Vaccination in Bombay 1924-1928 - 1924-1928
Year: 1924
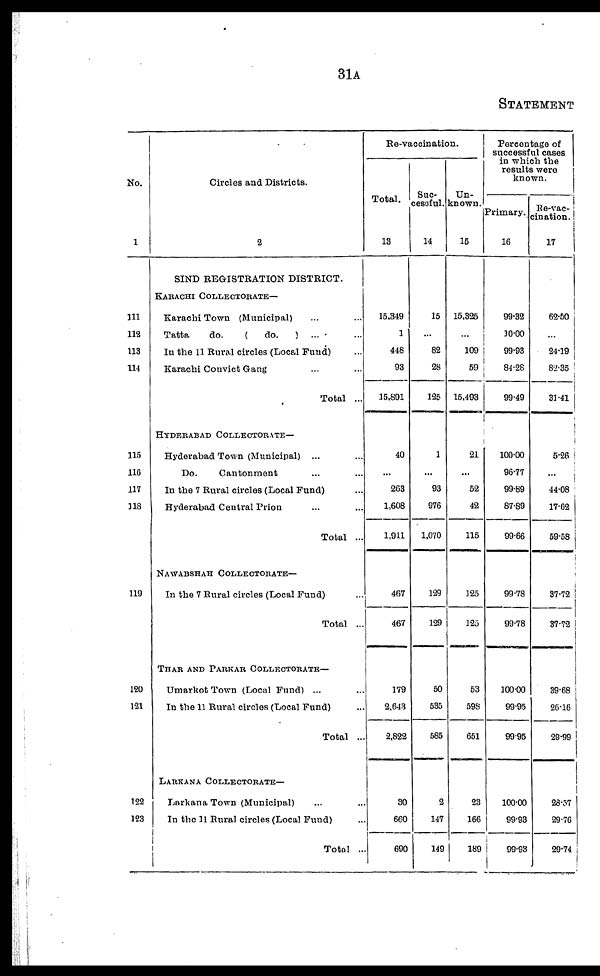
31A
STATEMENT
No.
1
111
112
113
114
115
116
117
118
119
120
121
122
123
Circles and Districts.
2
SIND REGISTRATION DISTRICT.
KARACHI COLLECTORATE—
Karachi Town (Municipal) ... ...
Tatta
do.
(
do.
) ... ...
In the 11 Rural circles (Local Fund) ...
Karachi Convict Gang ... ...
Total ...
HYDERABAD COLLECTORATE—
Hyderabad Town (Municipal) ... ...
Do.
Cantonment ... ...
In the 7 Rural circles (Local Fund) ...
Hyderabad Central Prion ... ...
Total ...
NAWABSHAH COLLECTORATE—
In the 7 Rural circles (Local Fund) ...
Total ...
THAR AND PARKAR COLLECTORATE—
Umarkot Town (Local Fund) ... ...
In the 11 Rural circles (Local Fund) ...
Total ...
LARKANA COLLECTORATE—
Larkana Town (Municipal) ... ...
In the 11 Rural circles (Local Fund) ...
Total ...
Re-vaccination.
Total.
13
15,349
1
448
93
15,891
40
...
263
1,608
1,911
467
467
179
2,643
2,822
30
660
690
Suc¬
cessful.
14
15
...
82
28
125
1
...
93
976
1,070
129
129
50
535
585
2
147
149
Un-
known.
15
15,325
...
109
59
15,493
21
...
52
42
115
125
125
53
598
651
23
166
189
Percentage of
successful cases
in which the
results were
known.
Primary.
16
99.32
10.00
99.93
84.28
99.49
100.00
96.77
99.89
87.89
99.66
99.78
99.78
100.00
99.95
99.95
100.00
99.93
99.93
Re-vac¬
cination.
17
62.50
...
24.19
82.35
31.41
5.26
...
44.08
17.62
59.58
37.72
37.72
39.68
26.16
29.99
28.57
29.76
29.74